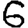
Digit: 6